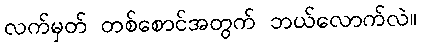
လက်မှတ် တစ်စောင်အတွက် ဘယ်လောက်လဲ။